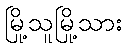
မြို့သူမြို့သား